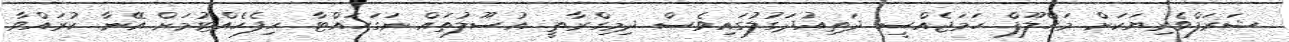
ޝަރަފްވެރިޔަކަށް މަހްލޫފް ހަމަޖެއްސީ ދަތިއުދަގުލުގައިވެސް ދިމިގްރާތީ އުސޫލުތައް ނަގަހައްޓާ ހިފެހެއްޓުމަށް އޭނާ ކުރައްވާ